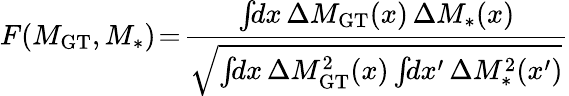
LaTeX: F(M_{\mathrm{GT}},M_{\mathrm{*}})\! =\! \frac{\int\! \! dx\, \Delta M_{\mathrm{GT}}(x)\, \Delta M_{\mathrm{*}}(x)}{\sqrt{\int\! \! dx\, \Delta M_{\mathrm{GT}}^{2}(x)\int\! \! dx^{\prime}\, \Delta M_{\mathrm{*}}^{2}(x^{\prime})}}